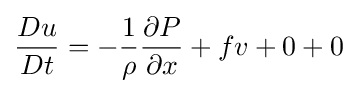
{Du \over Dt}=-{1 \over \rho }{\partial P \over \partial x}+fv+0+0